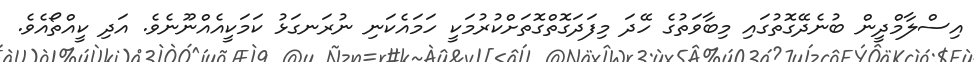
އިސްލާމްދީން ބުނެދޭގޮތުގައި މިބާވަތުގެ ހޭދަ މިފަދަގޮތްގޮތަށްކުރުމަކީ ހަމައެކަނި ނުރަނގަޅު ކަމަކީއެއްނޫނެވެ. އަދި ކީއްތޯއެވެ.